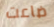
ضاعت